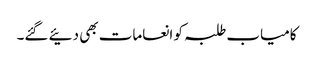
کامیاب طلبہ کو انعامات بھی دئیے گئے۔